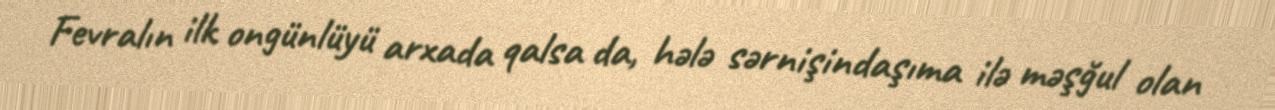
Fevralın ilk ongünlüyü arxada qalsa da, hələ sərnişindaşıma ilə məşğul olan